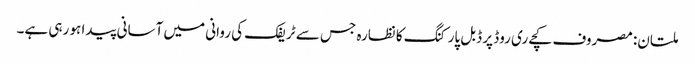
ملتان: مصروف کچےری روڈ پر ڈبل پارکنگ کا نظارہ جس سے ٹریفک کی روانی میں آسانی پیدا ہو رہی ہے۔